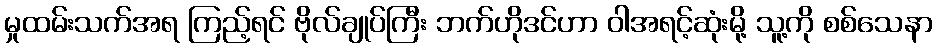
မှုထမ်းသက်အရ ကြည့်ရင် ဗိုလ်ချုပ်ကြီး ဘက်ဟိုဒင်ဟာ ဝါအရင့်ဆုံးမို့ သူ့ကို စစ်သေနာ